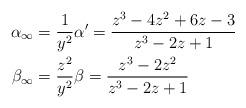
LaTeX: \begin{align*}\alpha_\infty &= \frac{1}{y^2} \alpha^\prime = \frac{z^3 - 4 z^2 + 6 z - 3}{z^3 - 2 z + 1} \\\beta_\infty &= \frac{z^2}{y^2} \beta = \frac{z^3 - 2 z^2}{z^3 - 2 z + 1}\end{align*}